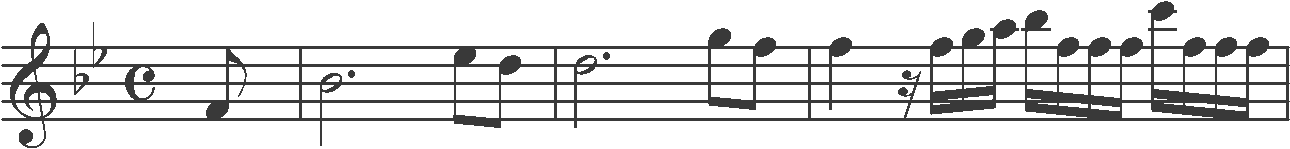
Transcription: clef-G2 keySignature-BbM timeSignature-C note-F4_eighth barline note-Bb4_half. note-Eb5_eighth note-D5_eighth barline note-D5_half. note-G5_eighth note-F5_eighth barline note-F5_quarter rest-sixteenth note-F5_sixteenth note-G5_sixteenth note-A5_sixteenth note-Bb5_sixteenth note-F5_sixteenth note-F5_sixteenth note-F5_sixteenth note-C6_sixteenth note-F5_sixteenth note-F5_sixteenth note-F5_sixteenth barline